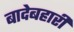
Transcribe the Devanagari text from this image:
बादेबहारी